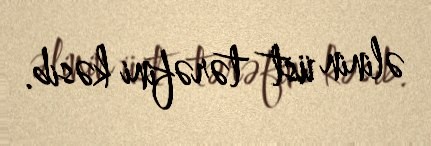
əlinin üst tərəfini kəsib.